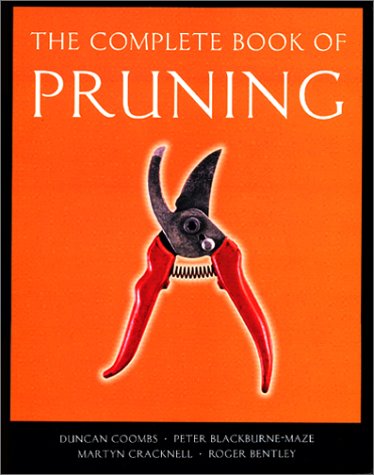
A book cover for The Complete Book Of Pruning (Complete Books); Duncan Coombs; Science & Math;